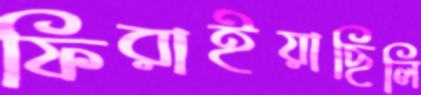
ফিরাইয়াছিলি